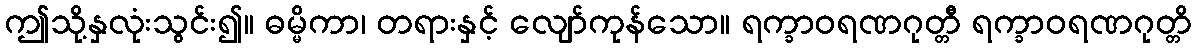
ဤသို့နှလုံးသွင်း၍။ ဓမ္မိကာ၊ တရားနှင့် လျော်ကုန်သော။ ရက္ခာဝရဏဂုတ္တီ ရက္ခာဝရဏဂုတ္တိ